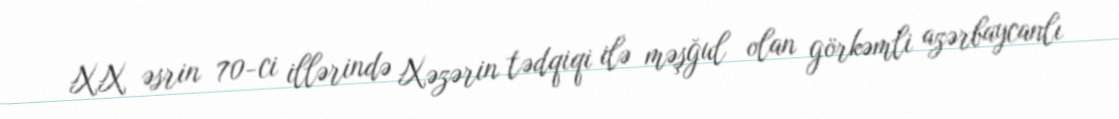
XX əsrin 70-ci illərində Xəzərin tədqiqi ilə məşğul olan görkəmli azərbaycanlı